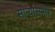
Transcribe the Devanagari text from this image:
साऱ्यांसमोर